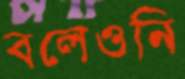
বলেওনি